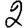
Digit: 2